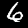
Digit: 6